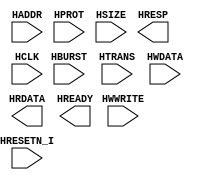
`timescale 1ns/1ps
`celldefine
//
// SOC_FPGA_INTF_AHB_M simulation model
// SOC interface connection AHB Master
//
// Copyright (c) 2023 Rapid Silicon, Inc.  All rights reserved.
//

module SOC_FPGA_INTF_AHB_M (
  input HRESETN_I, // None
  input [31:0] HADDR, // None
  input [2:0] HBURST, // None
  input [3:0] HPROT, // None
  input [2:0] HSIZE, // None
  input [2:0] HTRANS, // None
  input [31:0] HWDATA, // None
  input HWWRITE, // None
  output [31:0] HRDATA, // None
  output HREADY, // None
  output HRESP, // None
  input HCLK // None
);

endmodule
`endcelldefine